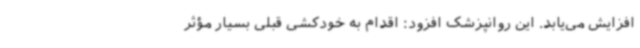
افزایش می‌یابد. این روانپزشک افزود: اقدام به خودکشی قبلی بسیار مؤثر